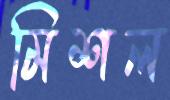
মিশল